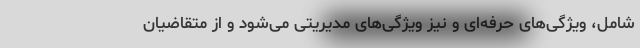
شامل، ویژگی‌های حرفه‌ای و نیز ویژگی‌های مدیریتی می‌شود و از متقاضیان